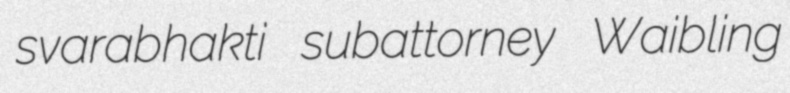
svarabhakti subattorney Waibling